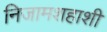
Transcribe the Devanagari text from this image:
निजामशहाशी